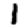
Digit: 1